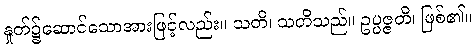
နှုတ်၌ဆောင်သောအားဖြင့်လည်း။ သတိ၊ သတိသည်။ ဥပ္ပဇ္ဇတိ၊ ဖြစ်၏။